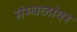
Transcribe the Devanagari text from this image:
संस्थळांवर